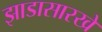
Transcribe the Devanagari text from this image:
झाडासारखे